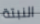
النبتة